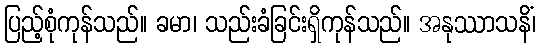
ပြည့်စုံကုန်သည်။ ခမာ၊ သည်းခံခြင်းရှိကုန်သည်။ အနုဿာသနိံ၊